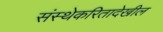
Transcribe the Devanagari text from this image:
संस्थेकरितादेखील